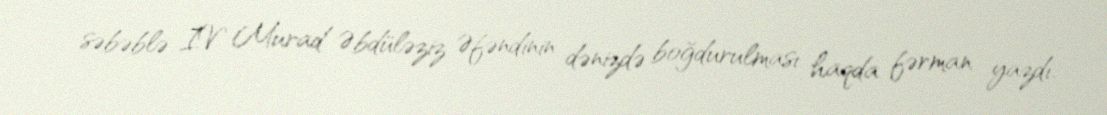
səbəblə IV Murad Əbdüləziz Əfəndinin dənizdə boğdurulması haqda fərman yazdı.